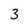
Character: 3